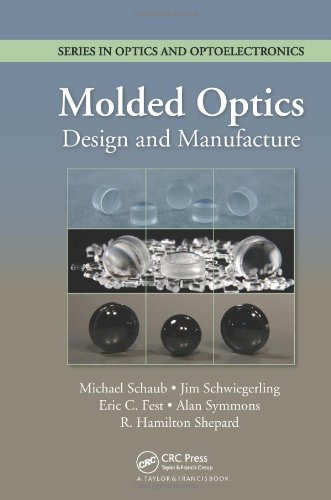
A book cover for Molded Optics: Design and Manufacture (Series in Optics and Optoelectronics); Michael Schaub; Science & Math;